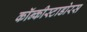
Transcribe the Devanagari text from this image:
कॉन्कीस्टाडोरस